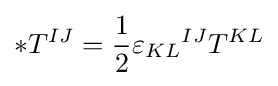
*T^{IJ}={1 \over 2}{\varepsilon _{KL}}^{IJ}T^{KL}